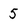
Character: 5